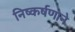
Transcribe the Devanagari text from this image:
निष्कर्षणाने